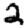
Digit: 2